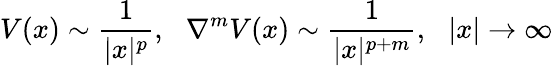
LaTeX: V(x)\sim\frac{1}{|x|^{p}},\, \, \, \, \nabla^{m}V(x)\sim\frac{1}{|x|^{p+m}},\, \, \, \, |x|\rightarrow\infty